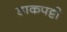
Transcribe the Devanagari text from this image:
डाकपट्टी